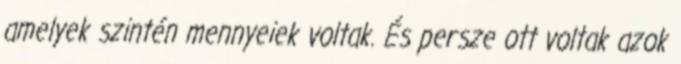
amelyek szintén mennyeiek voltak. És persze ott voltak azok